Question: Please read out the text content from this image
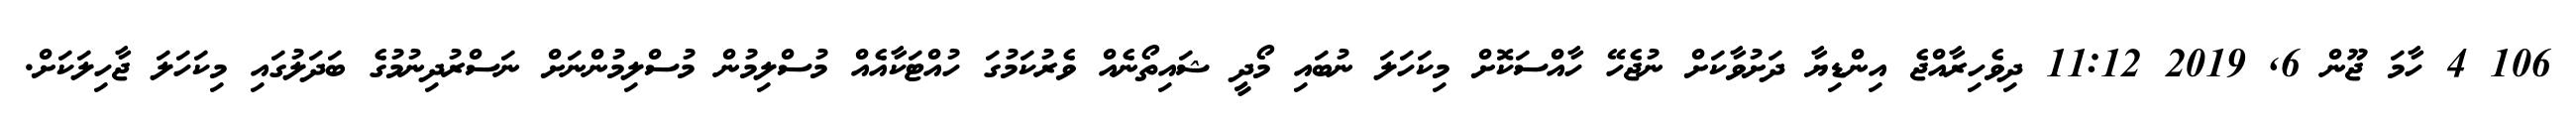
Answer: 106 4 ހާމަ ޖޫން 6, 2019 11:12 ދިވެހިރާއްޖެ އިންޑިޔާ ދަށުވާކަށް ނުޖެހޭ ހާއްސަކޮށް މިކަހަލަ ނުބައި މޯދީ ޝައިތޯނެއް ވެރުކަމުގަ ހުއްޓަކާއެއް މުސްލިމުން މުސްލިމުންނަށް ނަސްރުދިނުމުގެ ބަދަލުގައި މިކަހަލަ ޖާހިލަކަށް.